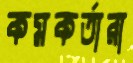
কমকর্তারা